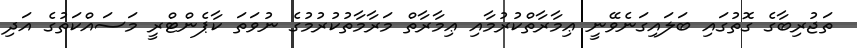
ތަޖުރިބާގެ ގޮތުގައި ބަލައިގަނެވޭނީ ޢިމާރާތްކުރުމާއި ޢިމާރާތް މަރާމާތުކުރުމުގެ ނުވަތަ ކާޕެންޓްރީ މަސައްކަތުގެ އަދި